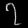
Digit: ၇